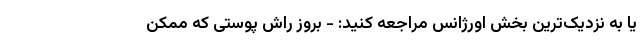
یا به نزدیک‌ترین بخش اورژانس مراجعه کنید: - بروز راش پوستی که ممکن